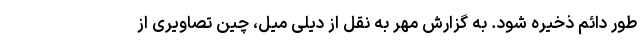
طور دائم ذخیره شود. به گزارش مهر به نقل از دیلی میل، چین تصاویری از